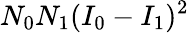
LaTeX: N_{0}N_{1}(I_{0}-I_{1})^{2}